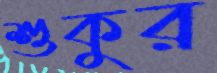
শুকুর